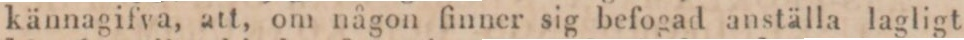
kännagifva, att, om någon finner sig befogad anställa lagligt